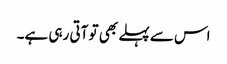
اس سے پہلے بھی تو آتی رہی ہے۔